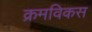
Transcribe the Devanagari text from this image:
क्रमविकस